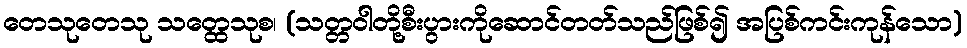
တေသုတေသု သတ္ထေသုစ၊ (သတ္တဝါတို့စီးပွားကိုဆောင်တတ်သည်ဖြစ်၍ အပြစ်ကင်းကုန်သော)